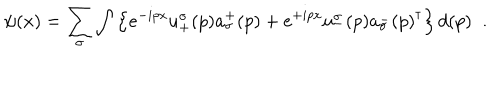
\psi ( x ) = \sum _ { \sigma } \int \left\{ e ^ { - i p x } u _ { + } ^ { \sigma } ( p ) a _ { \sigma } ^ { + } ( p ) + e ^ { + i p x } u _ { - } ^ { \sigma } ( p ) { a _ { \sigma } ^ { - } ( p ) } ^ { \dagger } \right\} d ( p ) \; \; .